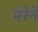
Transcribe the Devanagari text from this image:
मरेने